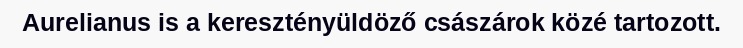
Aurelianus is a keresztényüldöző császárok közé tartozott.